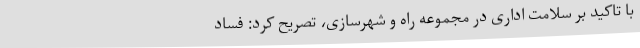
با تاکید بر سلامت اداری در مجموعه راه و شهرسازی، تصریح کرد: فساد